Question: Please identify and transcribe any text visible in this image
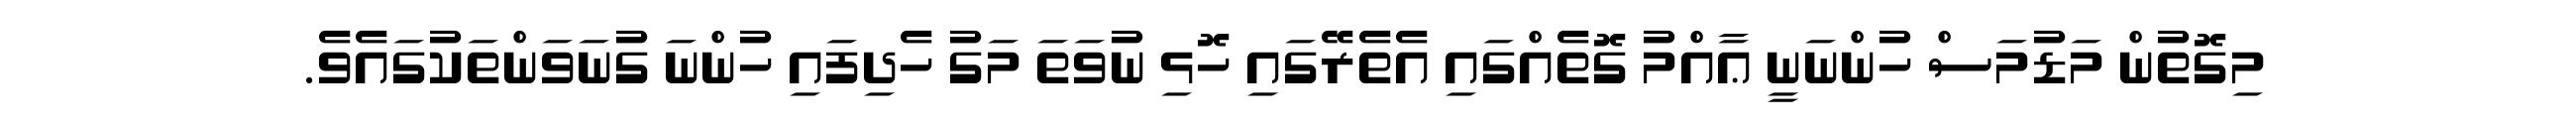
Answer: މިގޮތުން މަޑުމަސް ހުންނަނީ ޢާއްމު ގޮތެއްގައި އެތެރޭގައި ހޮޅި ނުވަތަ މަގު ހެދިފައި ހުންނަ ގުނަވަންތަކުގައެވެ.